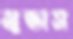
মুন্ডাস